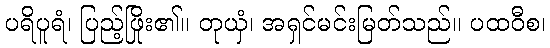
ပရိပူရံ၊ ပြည့်ဖြိုး၏။ တုယှံ၊ အရှင်မင်းမြတ်သည်။ ပထဝီစ၊